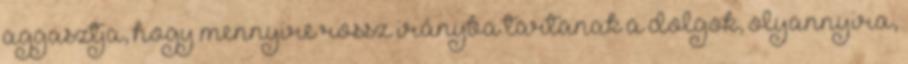
aggasztja, hogy mennyire rossz irányba tartanak a dolgok, olyannyira,